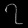
Digit: ၇